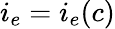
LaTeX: i_{e}=i_{e}(c)